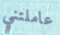
عاملتني